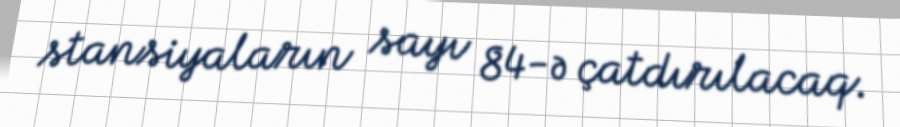
stansiyaların sayı 84-ə çatdırılacaq.